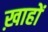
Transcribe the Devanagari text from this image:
ख़ाहों